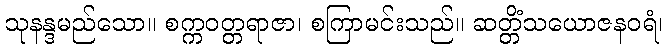
သုနန္ဒမည်သော။ စက္ကဝတ္တရာဇာ၊ စကြာမင်းသည်။ ဆတ္တိံသယောဇနဝရံ၊